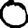
Digit: 0